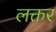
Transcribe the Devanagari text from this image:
लक्तर